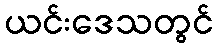
ယင်းဒေသတွင်